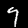
Digit: 9